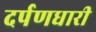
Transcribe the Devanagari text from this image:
दर्पणधारी